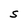
Character: S